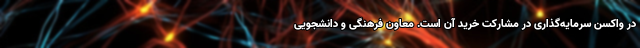
در واکسن سرمایه‌گذاری در مشارکت خرید آن است. معاون فرهنگی و دانشجویی